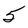
Character: 5